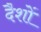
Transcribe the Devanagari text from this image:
दैशों